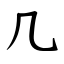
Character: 几